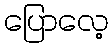
ပြောလေ့